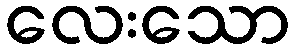
လေးသော